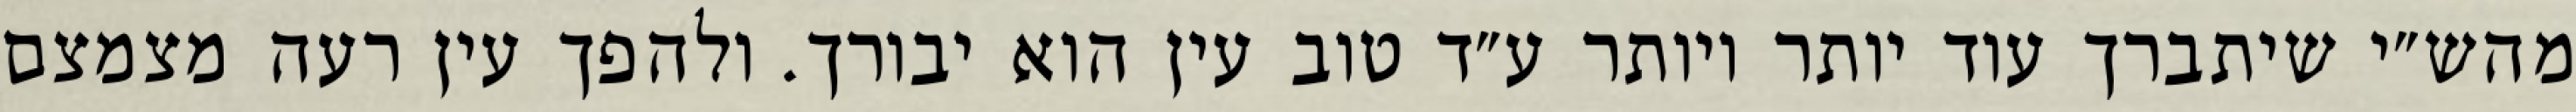
מהש״י שיתברך עוד יותר ויותר ע״ד טוב עין הוא יבורך. ולהפך עין רעה מצמצם